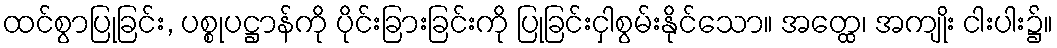
ထင်စွာပြုခြင်း, ပစ္စုပဋ္ဌာန်ကို ပိုင်းခြားခြင်းကို ပြုခြင်းငှါစွမ်းနိုင်သော။ အတ္ထေ၊ အကျိုး ငါးပါး၌။